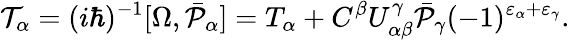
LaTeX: {\cal T}_{\alpha}=(i\hbar)^{-1}[\Omega,\bar{\cal P}_{\alpha}]=T_{\alpha}+C^{\beta}U_{\alpha\beta}^{\gamma}\bar{\cal P}_{\gamma}(-1)^{\varepsilon_{\alpha}+\varepsilon_{\gamma}}.